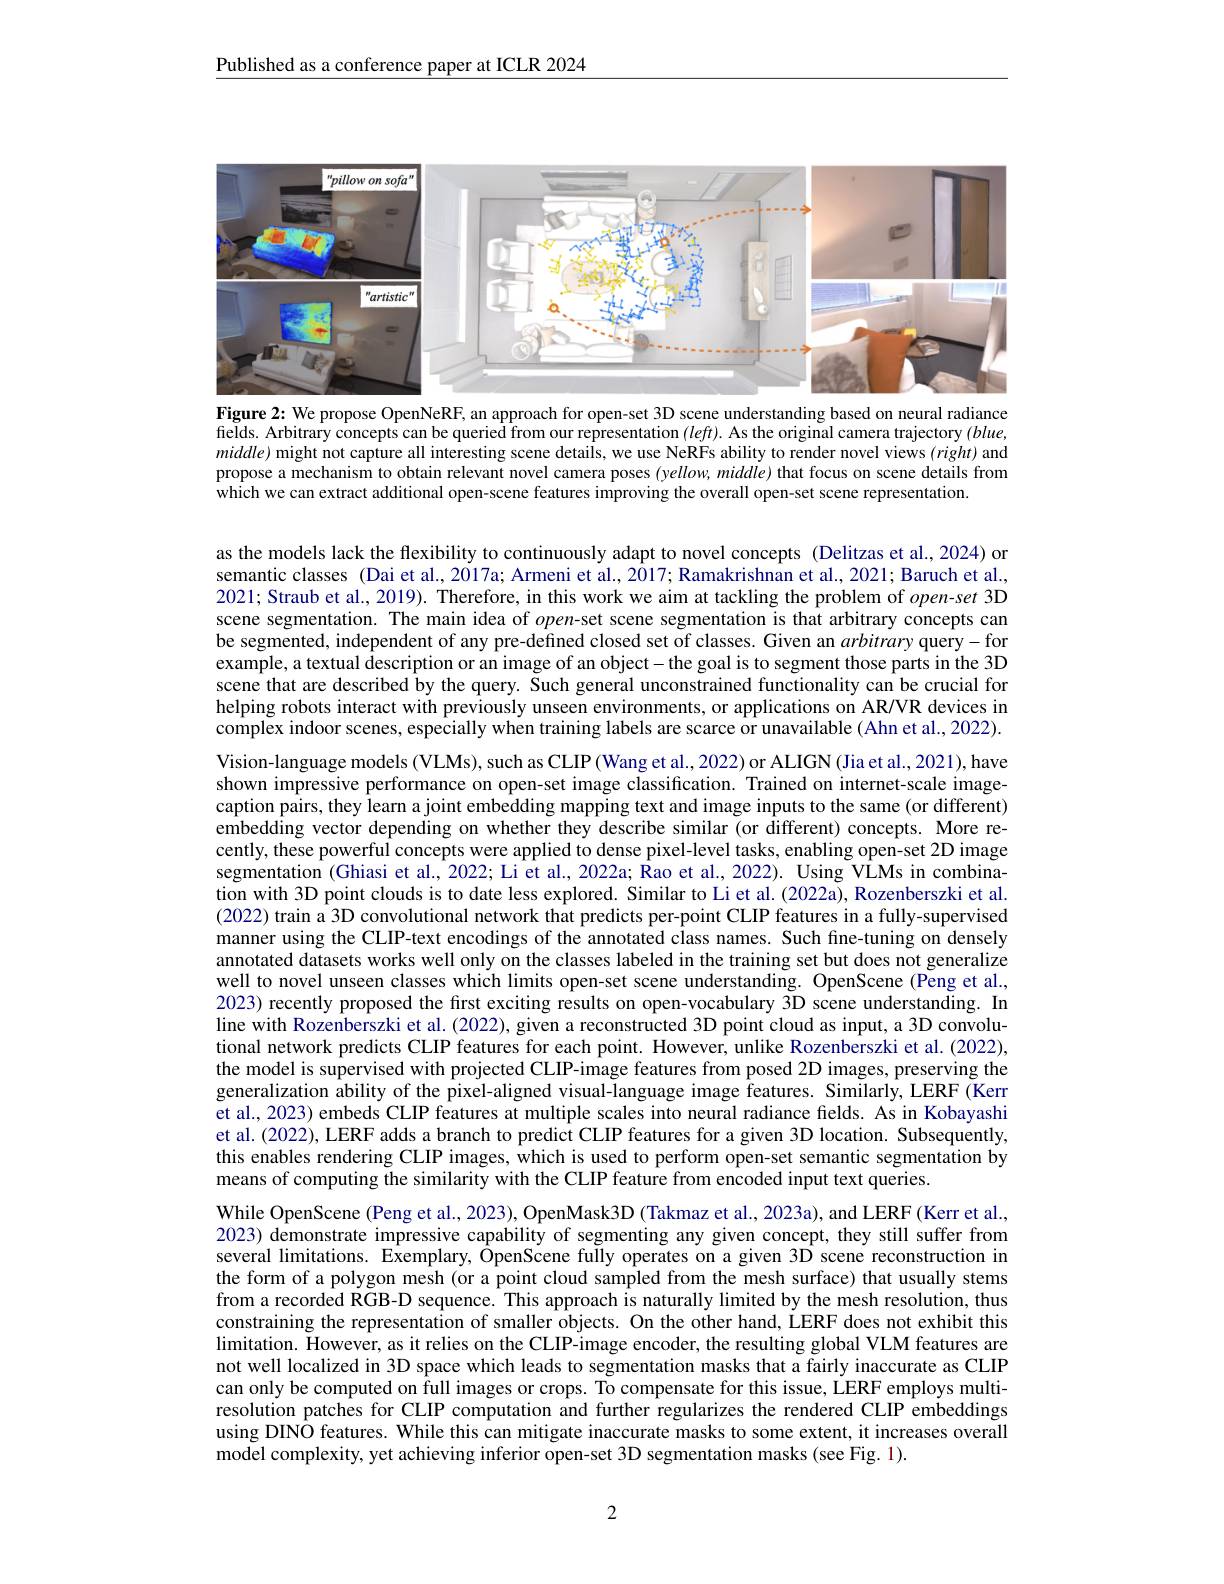
Published as a conference paper at ICLR 2024

<FigureHere>

Figure 2: We propose OpenNeRF, an approach for open-set 3D scene understanding based on neural radiance fields. Arbitrary concepts can be queried from our representation $(leff).$ As the original camera trajectory $(blue$, $middle)$ might not capture all interesting scene details, we use NeRFs ability to render novel views $(right)$ and propose a mechanism to obtain relevant novel camera poses (yellow, middle) that focus on scene details from which we can extract additional open-scene features improving the overall open-set scene representation.

as the models lack the flexibility to continuously adapt to novel concepts (Delitzas et al.,2024) or semantic classes (Dai et al., 2017a; Armeni et al., 2017; Ramakrishnan et al., 2021; Baruch et al., 2021; Straub et al., 2019). Therefore, in this work we aim at tackling the problem of $open-set$ 3D scene segmentation. The main idea of $open-$set scene segmentation is that arbitrary concepts can be segmented, independent of any pre-defined closed set of classes. Given an arbitrary query-for example, a textual description or an image of an object- the goal is to segment those parts in the 3D scene that are described by the query. Šuch general unconstrained functionality can be crucial for helping robots interact with previously unseen environments, or applications on AR/VR devices in complex indoor scenes, especially when training labels are scarce or unavailable (Ahn et al., 2022). Vision-language models (VLMs), such as CLIP (Wang et al., 2022) or ALIGN (Jia et al., 2021), have shown impressive performance on open-set image classification. Trained on internet-scale imagecaption pairs, they learn a joint embedding mapping text and image inputs to the same (or different) embedding vector depending on whether they describe similar (or different) concepts. More recently, these powerful concepts were applied to dense pixel-level tasks, enabling open-set 2D image segmentation (Ghiasi et al., 2022; Li et al., 2022a; $\hat{\text{Raoet al.,2022).Using VLMs in combina-}}$ tion with 3D point clouds is to date less explored. Similar to Li et al.(2022a), Rozenberszki et al. (2022) train a 3D convolutional network that predicts per-point CLIP features in a fully-supervised manner using the CLIP-text encodings of the annotated class names. Such fine-tuning on densely annotated datasets works well only on the classes labeled in the training set but does not generalize well to novel unseen classes which limits open-set scene understanding. OpenScene (Peng et al., 2023) recently proposed the first exciting results on open-vocabulary 3D scene understanding. In line with Rozenberszki et al.(2022), given a reconstructed 3D point cloud as input, a 3D convolutional network predicts CLIP features for each point. However, unlike Rozenberszki et al. (2022), the model is supervised with projected CLIP-image features from posed 2D images, preserving the generalization ability of the pixel-aligned visual-language image features. Similarly, LERF (Kerr et al., 2023) embeds CLIP features at multiple scales into neural radiance fields. As in Kobayashi et al. (2022), LERF adds a branch to predict CLIP features for a given 3D location. Subsequently, this enables rendering CLIP images, which is used to perform open-set semantic segmentation by means of computing the similarity with the CLIP feature from encoded input text queries.
While OpenScene (Peng et al., 2023), OpenMask3D (Takmaz et al., 2023a), and LERF (Kerr et al., 2023) demonstrate impressive capability of segmenting any given concept, they still suffer from several limitations. Exemplary, ÔpenScene fuīly operates on a given 3D scene reconstruction in the form of a polygon mesh (or a point cloud sampled from the mesh surface) that usually stems from a recorded RGB-D sequence. This approach is naturally limited by the mesh resolution, thus constraining the representation of smaller objects. On the other hand, LERF does not exhibit this limitation. However, as it relies on the CLIP-image encoder, the resulting global VLM features are not well localized in 3D space which leads to segmentation masks that a fairly inaccurate as CLIP can only be computed on full images or crops. To compensate for this issue, LERF employs multiresolution patches for CLIP computation and further regularizes the rendered CLIP embeddings using DINO features. While this can mitigate inaccurate masks to some extent, it increases overall model complexity, yet achieving inferior open-set 3D segmentation masks (see Fig. 1).

2